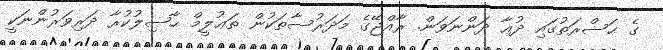
ގެ ޙަޟްރަތުގައި ދުޢާ ދަންނަވަން. ރާއްޖޭގެ މަދަރުސާތަކުން ތަޢުލީމް ޙާޞިލުކުރާ ދަރިވަރުންނަކީ